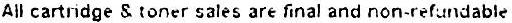
ALL CARTRIDGE & TONER SALES ARE FINAL AND NON-REFUNDABLE